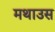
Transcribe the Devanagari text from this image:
मथाउस